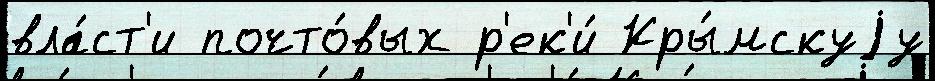
вла́ст'и почто́вых р'ек'и́ Кры́мскуjу